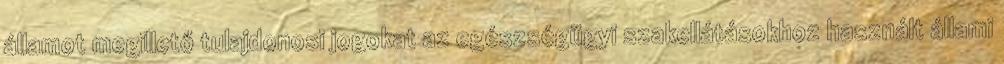
államot megillető tulajdonosi jogokat az egészségügyi szakellátásokhoz használt állami